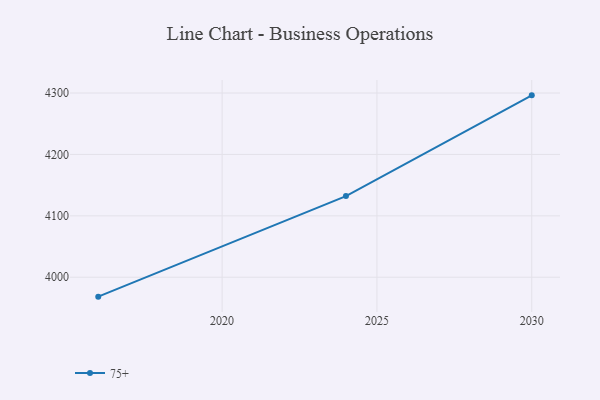
{"axis": {"x": "Year", "y": "Shipments"}, "legend": ["75+"], "data": [{"x": "2030", "y": 4296.2, "type": "75+"}, {"x": "2024", "y": 4132.1, "type": "75+"}, {"x": "2016", "y": 3968.4, "type": "75+"}]}